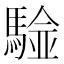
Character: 𩤼